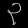
Digit: ၃